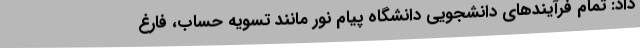
داد: تمام فرآیند‌های دانشجویی دانشگاه پیام نور مانند تسویه حساب، فارغ